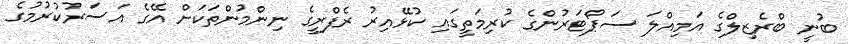
ބުނީ ބްރެޒިލްގެ އަމިއްލަ ސަޕޯޓަރުންގެ ކުރިމަތީގައި ކުޅޭއިރު ރެފްރީގެ ނިންމުންތަކަށް އޭގެ އަސަރުކުރުމުގެ